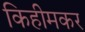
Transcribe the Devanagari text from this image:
किहीमकर